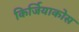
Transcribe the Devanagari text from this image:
किर्जियाकोस